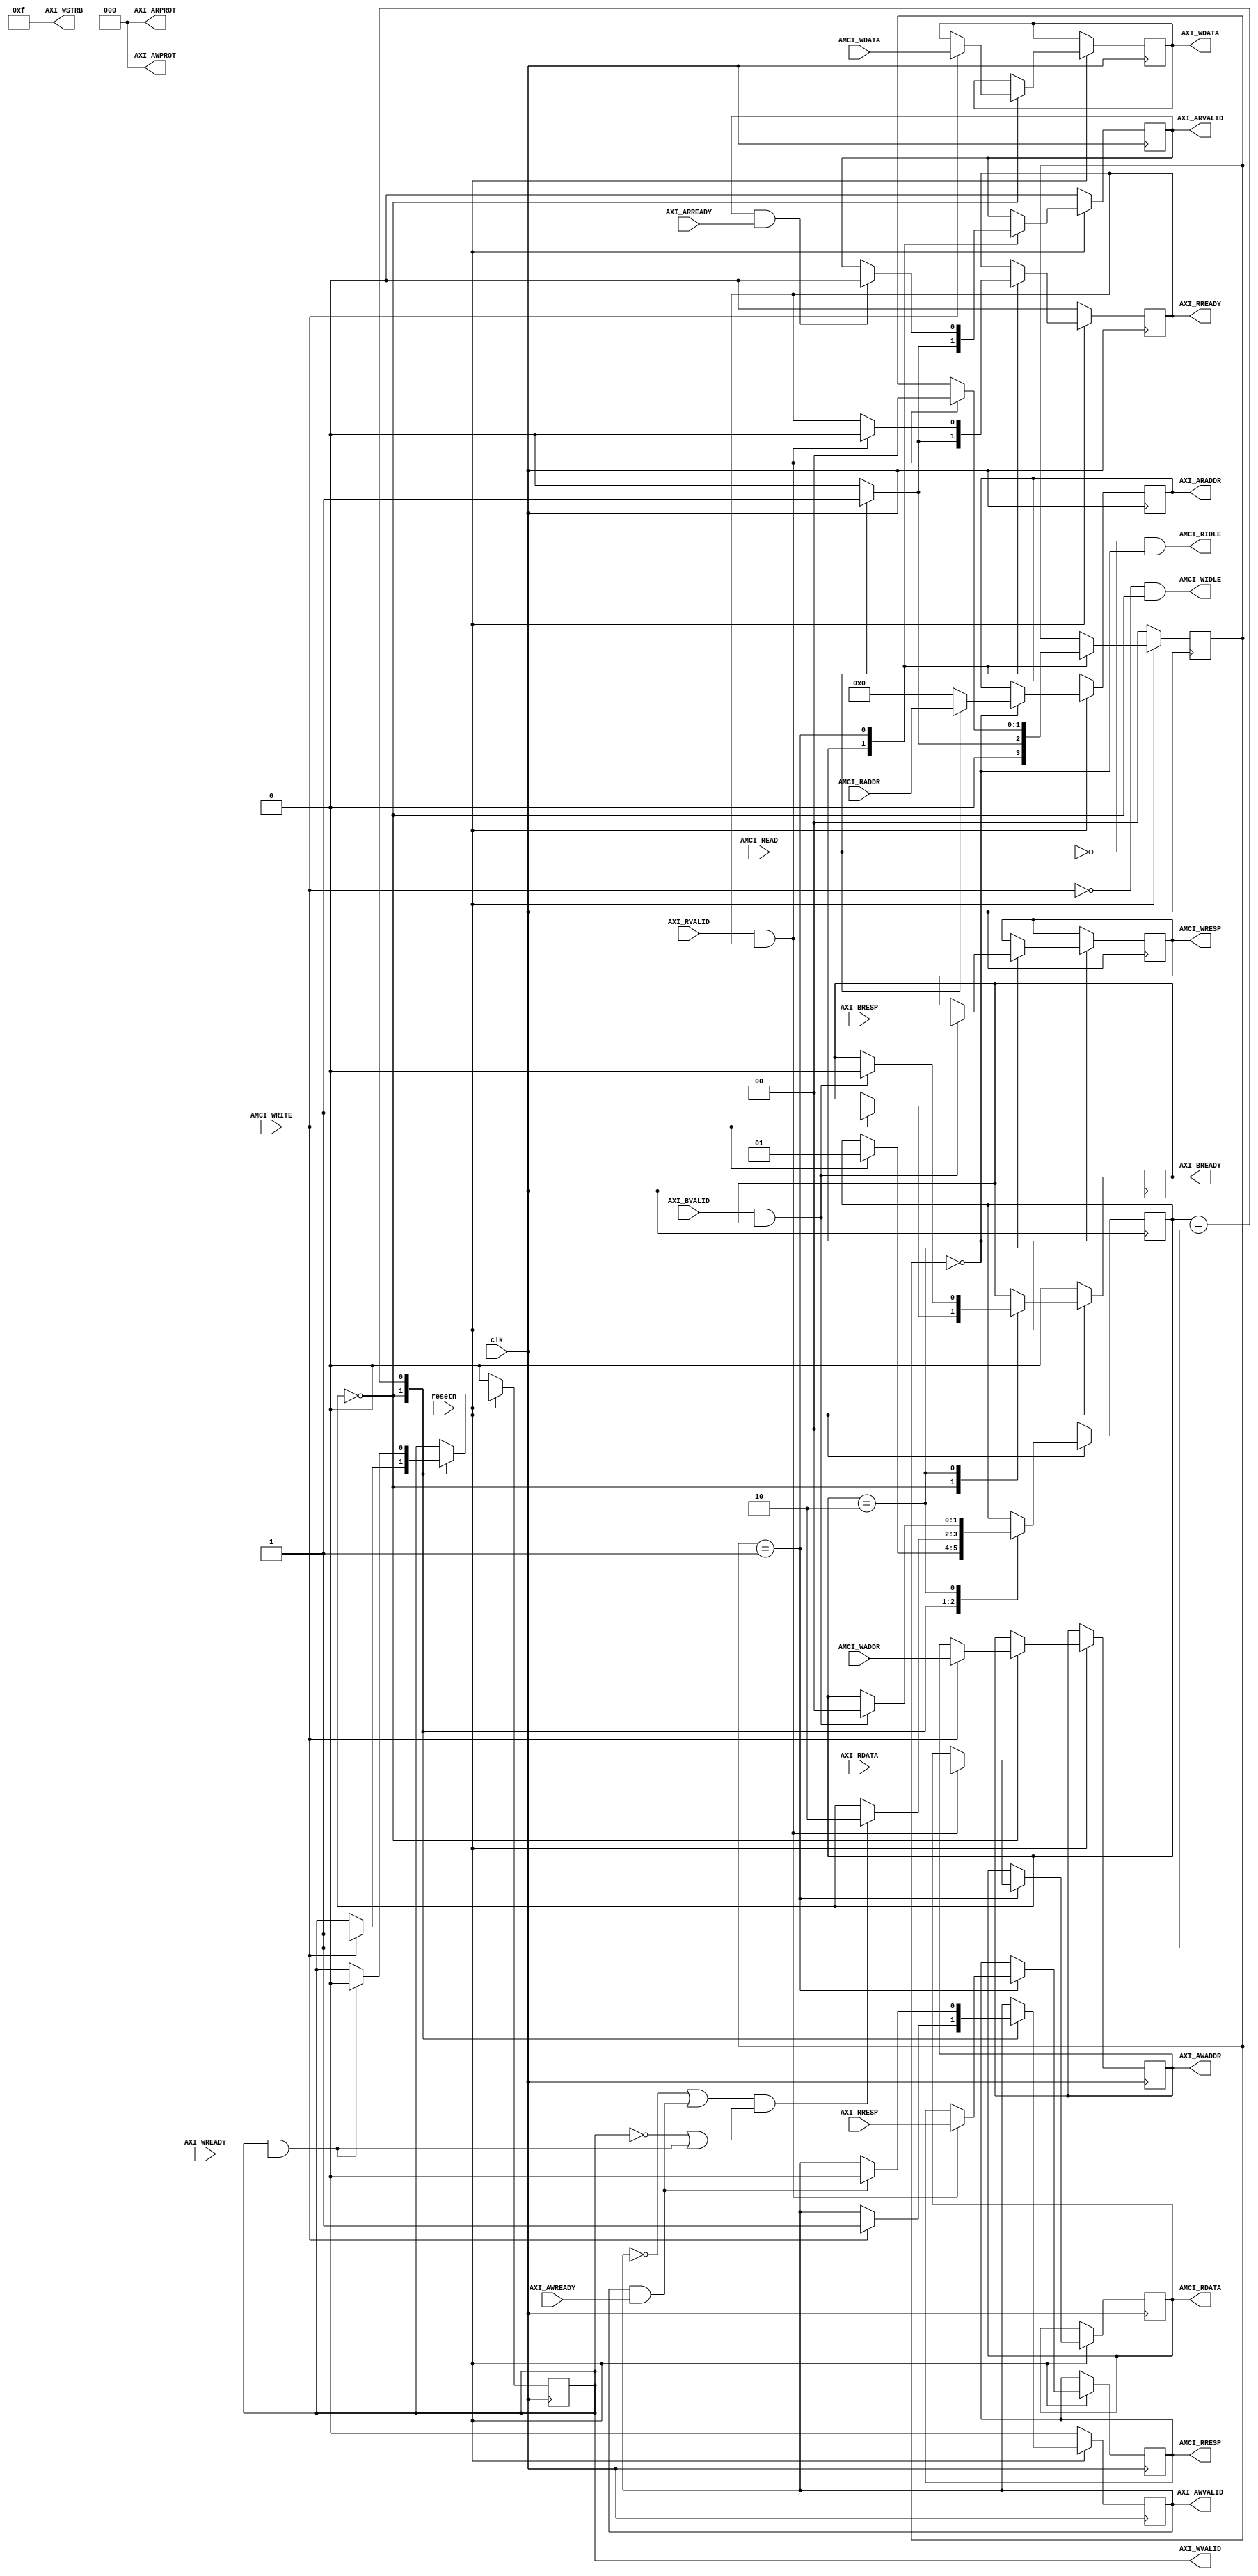
`timescale 1ns / 1ps

//<><><><><><><><><><><><><><><><><><><><><><><><><><><><><><><><><><><><><><><><><><>
//              This RTL core is a fully-functional AXI4-Lite Master
//<><><><><><><><><><><><><><><><><><><><><><><><><><><><><><><><><><><><><><><><><><>

//====================================================================================
//                        ------->  Revision History  <------
//====================================================================================
//
//   Date     Who   Ver  Changes
//====================================================================================
// 09-Sep-22  DWW  1000  Initial creation
//====================================================================================


module axi4_lite_master#
(
    parameter integer AXI_DATA_WIDTH = 32,
    parameter integer AXI_ADDR_WIDTH = 32
)
(

    input wire clk, resetn,


    //==================  The AXI Master Control Interface  ====================

    // AMCI signals for performing AXI writes
    input[AXI_ADDR_WIDTH-1:0]      AMCI_WADDR,
    input[AXI_DATA_WIDTH-1:0]      AMCI_WDATA,
    input                          AMCI_WRITE,
    output reg[1:0]                AMCI_WRESP,
    output                         AMCI_WIDLE,
    
    // AMCI signals for performing AXI reads
    input[AXI_ADDR_WIDTH-1:0]      AMCI_RADDR,
    input                          AMCI_READ,
    output reg[AXI_DATA_WIDTH-1:0] AMCI_RDATA,
    output reg[1:0]                AMCI_RRESP,
    output                         AMCI_RIDLE,

    //==========================================================================


    //====================  An AXI-Lite Master Interface  ======================

    // "Specify write address"          -- Master --    -- Slave --
    output reg [AXI_ADDR_WIDTH-1:0]     AXI_AWADDR,   
    output reg                          AXI_AWVALID,  
    output     [2:0]                    AXI_AWPROT,
    input                                               AXI_AWREADY,

    // "Write Data"                     -- Master --    -- Slave --
    output reg [AXI_DATA_WIDTH-1:0]     AXI_WDATA,      
    output reg                          AXI_WVALID,
    output     [(AXI_DATA_WIDTH/8)-1:0] AXI_WSTRB,
    input                                               AXI_WREADY,

    // "Send Write Response"            -- Master --    -- Slave --
    input      [1:0]                                    AXI_BRESP,
    input                                               AXI_BVALID,
    output reg                          AXI_BREADY,

    // "Specify read address"           -- Master --    -- Slave --
    output reg [AXI_ADDR_WIDTH-1:0]     AXI_ARADDR,     
    output reg                          AXI_ARVALID,
    output     [2:0]                    AXI_ARPROT,     
    input                                               AXI_ARREADY,

    // "Read data back to master"       -- Master --    -- Slave --
    input [AXI_DATA_WIDTH-1:0]                          AXI_RDATA,
    input                                               AXI_RVALID,
    input [1:0]                                         AXI_RRESP,
    output reg                          AXI_RREADY
    //==========================================================================

);
    // Assign all of the "write transaction" signals that are constant
    assign AXI_AWPROT =  0;  // Normal
    assign AXI_WSTRB  = -1;  // All data bytes are valid

    // Assign all of the "read transaction" signals that are constant
    assign AXI_ARPROT = 0;   // Normal
 
    // Define the handshakes for all 5 AXI channels
    wire B_HANDSHAKE  = AXI_BVALID  & AXI_BREADY;
    wire R_HANDSHAKE  = AXI_RVALID  & AXI_RREADY;
    wire W_HANDSHAKE  = AXI_WVALID  & AXI_WREADY;
    wire AR_HANDSHAKE = AXI_ARVALID & AXI_ARREADY;
    wire AW_HANDSHAKE = AXI_AWVALID & AXI_AWREADY;

    // These are the state variables for the read and write state machines
    reg[1:0] write_state, read_state;

    // The "state machine is idle" signals for the two AMCI interfaces
    assign AMCI_WIDLE = (AMCI_WRITE == 0) && (write_state == 0);
    assign AMCI_RIDLE = (AMCI_READ  == 0) && ( read_state == 0);

    //=========================================================================================================
    // FSM logic used for writing to the slave device.
    //
    //  To start:   AMCI_WADDR = Address to write to
    //              AMCI_WDATA = Data to write 
    //              AMCI_WRITE = Pulsed high for one cycle
    //
    //  At end:     Write is complete when "AMCI_WIDLE" goes high
    //              AMCI_WRESP = AXI_BRESP "write response" signal from slave
    //=========================================================================================================
    always @(posedge clk) begin

        // If we're in RESET mode...
        if (resetn == 0) begin
            write_state <= 0;
            AXI_AWVALID <= 0;
            AXI_WVALID  <= 0;
            AXI_BREADY  <= 0;
        end        
        
        // Otherwise, we're not in RESET and our state machine is running
        else case (write_state)
            
            // Here we're idle, waiting for someone to raise the 'AMCI_WRITE' flag.  Once that happens,
            // we'll place the user specified address and data onto the AXI bus, along with the flags that
            // indicate that the address and data values are valid
            0:  if (AMCI_WRITE) begin
                    AXI_AWADDR  <= AMCI_WADDR;  // Place our address onto the bus
                    AXI_WDATA   <= AMCI_WDATA;  // Place our data onto the bus
                    AXI_AWVALID <= 1;           // Indicate that the address is valid
                    AXI_WVALID  <= 1;           // Indicate that the data is valid
                    AXI_BREADY  <= 1;           // Indicate that we're ready for the slave to respond
                    write_state <= 1;           // On the next clock cycle, we'll be in the next state
                end
                
           // Here, we're waiting around for the slave to acknowledge our request by asserting AXI_AWREADY
           // and AXI_WREADY.  Once that happens, we'll de-assert the "valid" lines.  Keep in mind that we
           // don't know what order AWREADY and WREADY will come in, and they could both come at the same
           // time.      
           1:   begin   
                    // Keep track of whether we have seen the slave raise AWREADY or WREADY
                    if (AW_HANDSHAKE) AXI_AWVALID <= 0;
                    if (W_HANDSHAKE ) AXI_WVALID  <= 0;

                    // If we've seen AWREADY (or if its raised now) and if we've seen WREADY (or if it's raised now)...
                    if ((~AXI_AWVALID || AW_HANDSHAKE) && (~AXI_WVALID || W_HANDSHAKE)) begin
                        write_state <= 2;
                    end
                end
                
           // Wait around for the slave to assert "AXI_BVALID".  
           2:   if (B_HANDSHAKE) begin
                    AMCI_WRESP  <= AXI_BRESP;
                    AXI_BREADY  <= 0;
                    write_state <= 0;
                end

        endcase
    end
    //=========================================================================================================





    //=========================================================================================================
    // FSM logic used for reading from a slave device.
    //
    //  To start: AMCI_RADDR = Address to read from
    //            AMCI_READ  = Pulsed high for one cycle
    //
    //  At end:   Read is complete when "AMCI_RIDLE" goes high.
    //            AMCI_RDATA = The data that was read
    //            AMCI_RRESP = The AXI "read response" that is used to indicate success or failure
    //=========================================================================================================
    always @(posedge clk) begin
         
        if (resetn == 0) begin
            read_state  <= 0;
            AXI_ARVALID <= 0;
            AXI_RREADY  <= 0;
        end else case (read_state)

            // Here we are waiting around for someone to raise "AMCI_READ", which signals us to begin
            // a AXI read at the address specified in "AMCI_RADDR"
            0:  if (AMCI_READ) begin
                    AXI_ARADDR   <= AMCI_RADDR; 
                    AXI_ARVALID  <= 1;
                    AXI_RREADY   <= 1;
                    read_state   <= 1;
                end else begin
                    AXI_ARADDR   <= 0;
                    AXI_ARVALID  <= 0;
                    AXI_RREADY   <= 0;
                    read_state   <= 0;
                end
            
            // Wait around for the slave to raise AXI_RVALID, which tells us that AXI_RDATA
            // contains the data we requested
            1:  begin
                    if (AR_HANDSHAKE) begin
                        AXI_ARVALID <= 0;
                    end

                    // If the slave has provided us the data we asked for...
                    if (R_HANDSHAKE) begin
                        
                        // save the read-data so our user can get it
                        AMCI_RDATA <= AXI_RDATA;
                        
                        // Save the read-response so our user can get it
                        AMCI_RRESP <= AXI_RRESP;
                        
                        // Lower the ready signal to make it obvious that we're done
                        AXI_RREADY <= 0;

                        // And go back to idle state
                        read_state <= 0;
                    end
                end

        endcase
    end
    //=========================================================================================================


endmodule